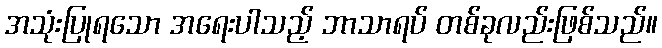
အသုံးပြုရသော အရေးပါသည့် ဘာသာရပ် တစ်ခုလည်းဖြစ်သည်။